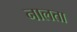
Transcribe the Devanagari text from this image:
नालता